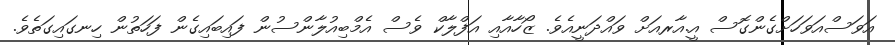
އަވަސްއަވަހަށްގެންގޮސް އީ.އާރއަށް ވައްދަނީއެވެ. ޒޯހާއާއި އަފްލާކް ވެސް އެމްބިއުލާންސުން ފައިބައިގެން ފަހަތުން ހިނގައިގަތެވެ.